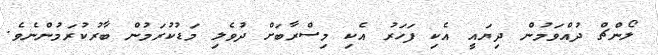
ލޯންޗް ދުއްވަމުން ދިޔައީ އެކި ފަހަރު އެކި މިސްރާބަށް ދުވެލި މަޑުކުރަމުން ބާރުކުރަމުންނެވެ.